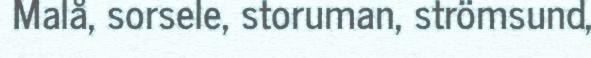
Malå, sorsele, storuman, strömsund,